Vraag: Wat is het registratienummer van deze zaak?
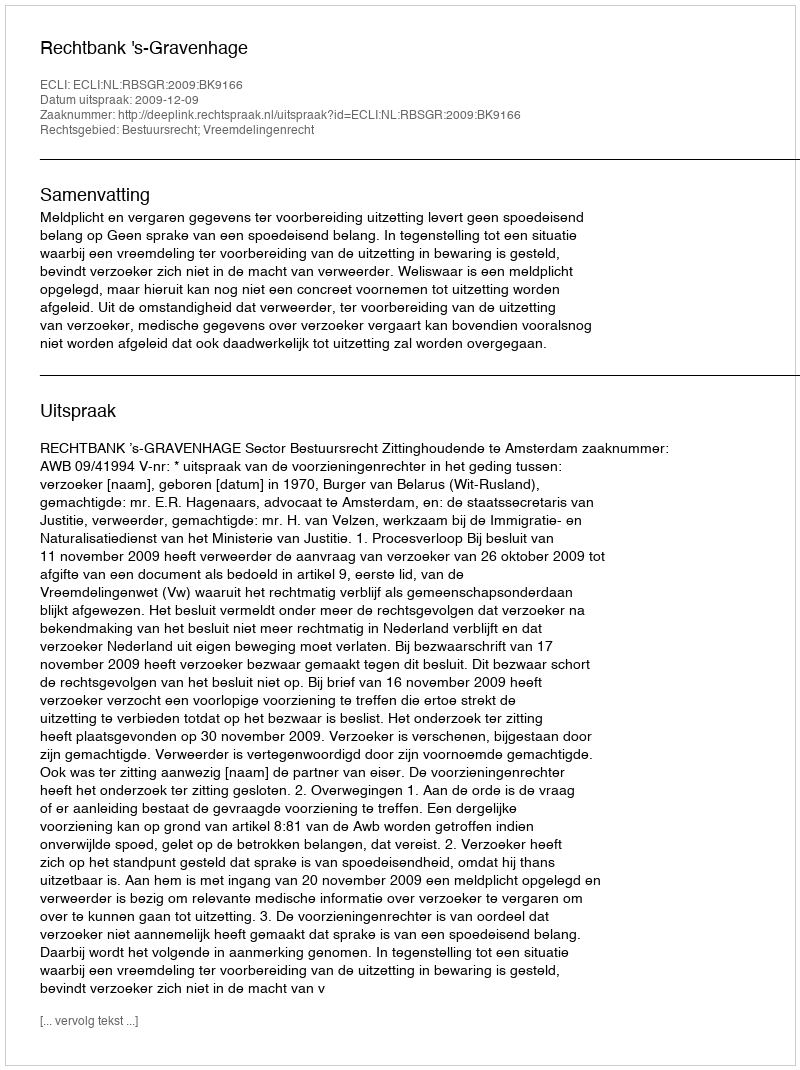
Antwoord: http://deeplink.rechtspraak.nl/uitspraak?id=ECLI:NL:RBSGR:2009:BK9166